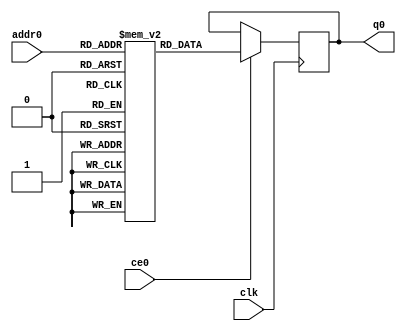
`define EXPONENT 5
`define MANTISSA 10
`define ACTUAL_MANTISSA 11
`define EXPONENT_LSB 10
`define EXPONENT_MSB 14
`define MANTISSA_LSB 0
`define MANTISSA_MSB 9
`define MANTISSA_MUL_SPLIT_LSB 3
`define MANTISSA_MUL_SPLIT_MSB 9
`define SIGN 1
`define SIGN_LOC 15
`define DWIDTH (`SIGN+`EXPONENT+`MANTISSA)
`define IEEE_COMPLIANCE 1

  module td_fused_top_tdf12_filters_1_rom (
addr0, ce0, q0, clk);

parameter DWIDTH = 32;
parameter AWIDTH = 15;
parameter MEM_SIZE = 32000;

input[AWIDTH-1:0] addr0;
input ce0;
output reg[DWIDTH-1:0] q0;
input clk;

 reg [DWIDTH-1:0] ram[MEM_SIZE-1:0];

//initial begin
//    $readmemh("./td_fused_top_tdf12_filters_1_rom.dat", ram);
//end



always @(posedge clk)  
begin 
    if (ce0) 
    begin
        q0 <= ram[addr0];
    end
end



endmodule